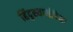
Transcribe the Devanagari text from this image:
हिंदुस्थानींपेक्षा